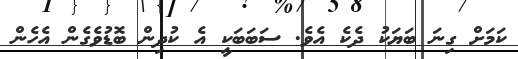
ކަމަށް ގިނަ ބަޔަކު ދެކެ އެވެ. ސަބަބަކީ އެ ކުދިން ބޮޑުވެގެން އެހެން